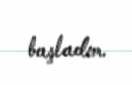
başladım.